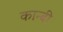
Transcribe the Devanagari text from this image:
कान्बी